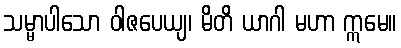
သမ္မာပါသော ဝါဇပေယျ၊ မိတိ ယာဂါ မဟာ ဣမေ။